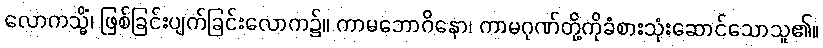
လောကသ္မိံ၊ ဖြစ်ခြင်းပျက်ခြင်းလောက၌။ ကာမဘောဂိနော၊ ကာမဂုဏ်တို့ကိုခံစားသုံးဆောင်သောသူ၏။